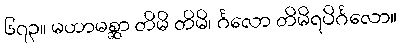
၆၇၃။ မဟာမစ္ဆာ တိမိ တိမိ၊ င်္ဂလော တိမိရပိင်္ဂလော။